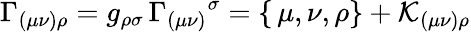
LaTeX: \Gamma_{(\mu\nu)\rho}=g_{\rho\sigma}\, \Gamma_{(\mu\nu)}{}^{\sigma}=\{ \, \mu,\nu,\rho\} +\mathcal{K}_{(\mu\nu)\rho}